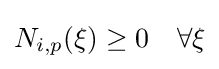
N_{i,p}(\xi )\geq 0\quad \forall \xi